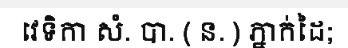
វេទិកា សំ. បា. ( ន. ) ភ្នាក់ដៃ;